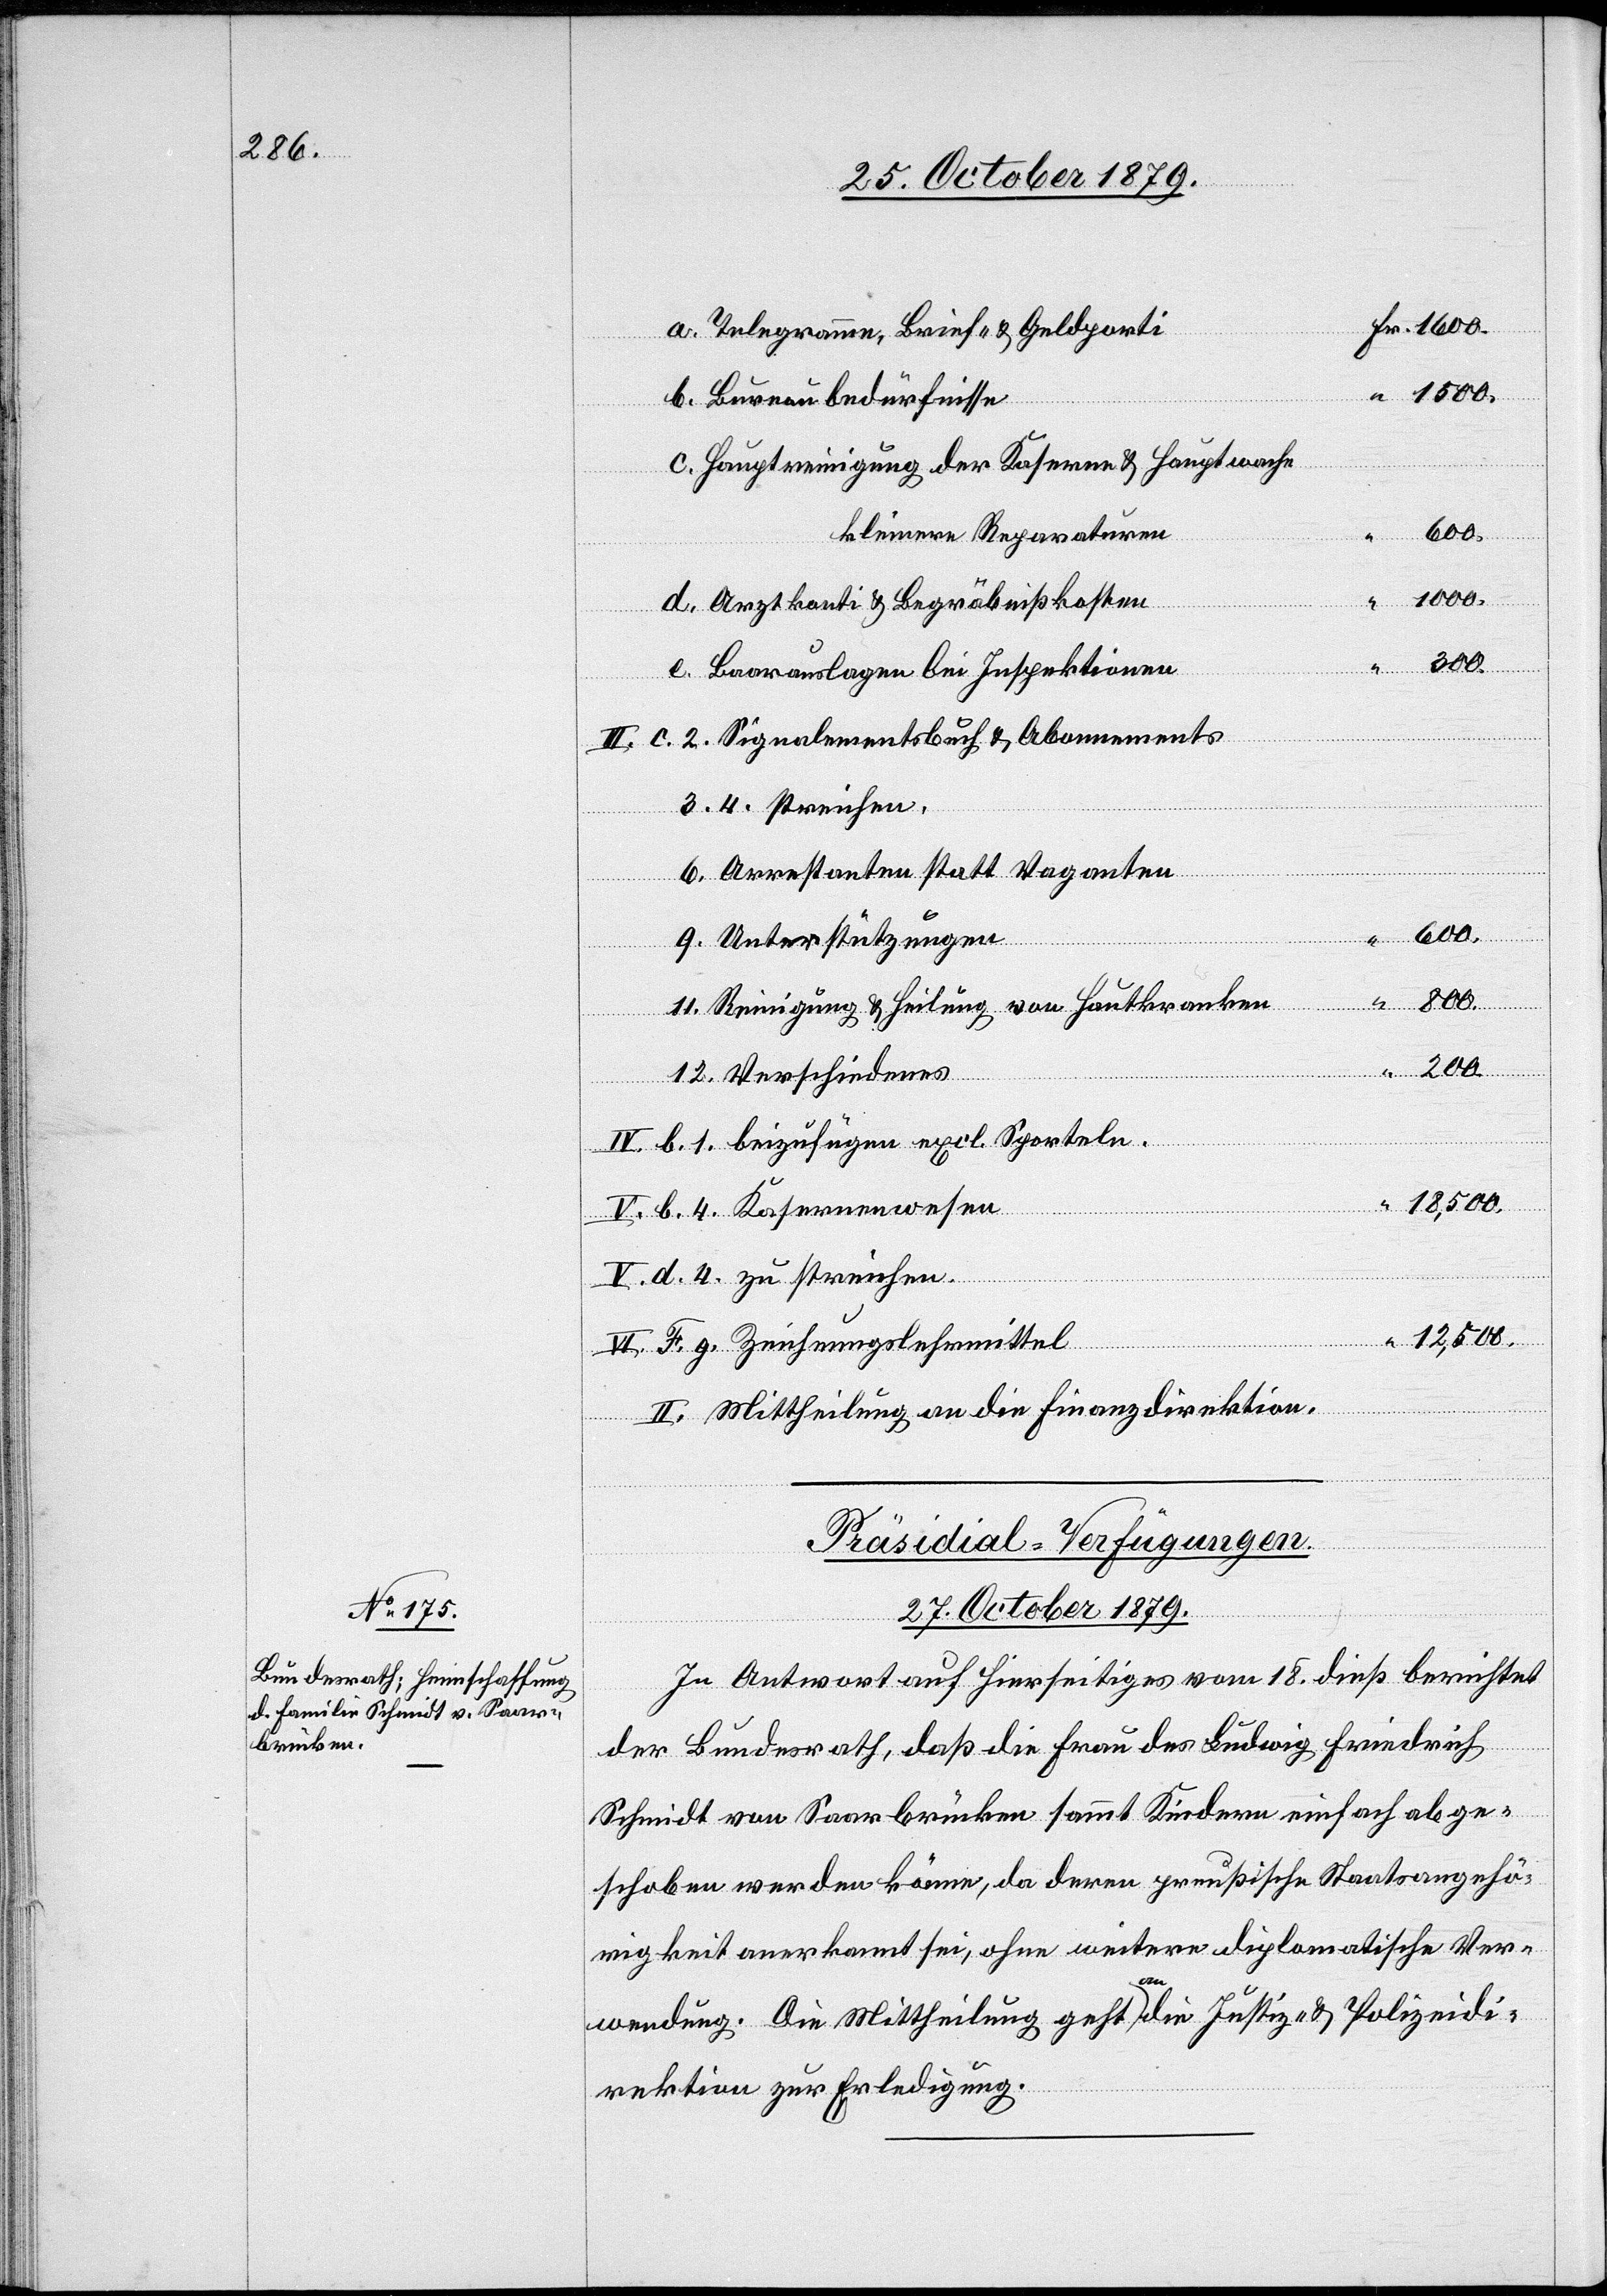
Telegramme, Brief- & Geldporti
Bureaubedürfnisse
Hauptreinigung der Kaserne & Hauptwache
streichen
600.
kleinere Reparaturen
Arztkonti & Begräbnißkosten
Baarauslagen bei Inspektionen
Arrestanten statt Vaganten
200.
F. g.
Reinigung & Heilung von Hautkranken
Zeichnungslehrmittel
Verschiedenes
d.
12,500.
II. Mittheilung an die Finanzdirektion.
Präsidial-Verfügungen
27. October 1879.
In Antwort auf Hierseitiges vom 18. dieß berichtet
der Bundesrath, daß die Frau des Ludwig Friedrich
Schmidt von Saarbrücken sammt Kindern einfach abge¬
schoben werden könne, da deren preußische Staatsangehö¬
rigkeit anerkannt sei, ohne weitere diplomatische Ver¬
4.
wendung. Die Mittheilung geht an die Justiz- & Polizeidi¬
rektion zur Erledigung.

excl.